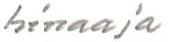
hinaaja